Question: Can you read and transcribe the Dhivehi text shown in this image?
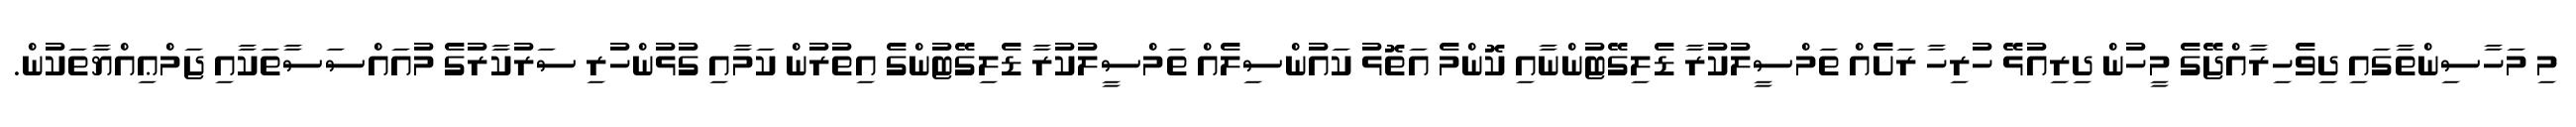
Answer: މި މަހާސިންތާގައި ދިވެހިރާއްޖޭގެ މީހުން ދިރިއުޅޭ ހުރިހާ ރަށެއް ތަމްސީލުކުރާ ޑެލިގޭޓުންނާއި ކޮންމެ އަތޮޅު ކައުންސިލެއް ތަމްސީލުކުރާ ޑެލިގޭޓުންގެ އިތުރުން ކަމާއި ގުޅުންހުރި ސަރުކާރުގެ މުއައްސަސާތަކާއި ޖަމްޢިއްޔާތަކުން.